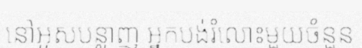
នៅអូសបន្លាញ អ្នកបង់រំលោះមួយចំនួន